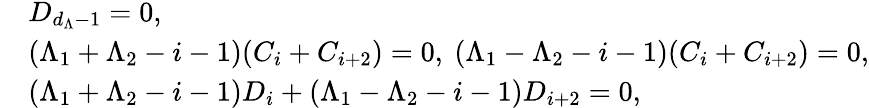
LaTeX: \begin{array}{rl}&{D_{d_{\Lambda}-1}=0,}\\ &{(\Lambda_{1}+\Lambda_{2}-i-1)(C_{i}+C_{i+2})=0,~(\Lambda_{1}-\Lambda_{2}-i-1)(C_{i}+C_{i+2})=0,}\\ &{(\Lambda_{1}+\Lambda_{2}-i-1)D_{i}+(\Lambda_{1}-\Lambda_{2}-i-1)D_{i+2}=0,}\end{array}